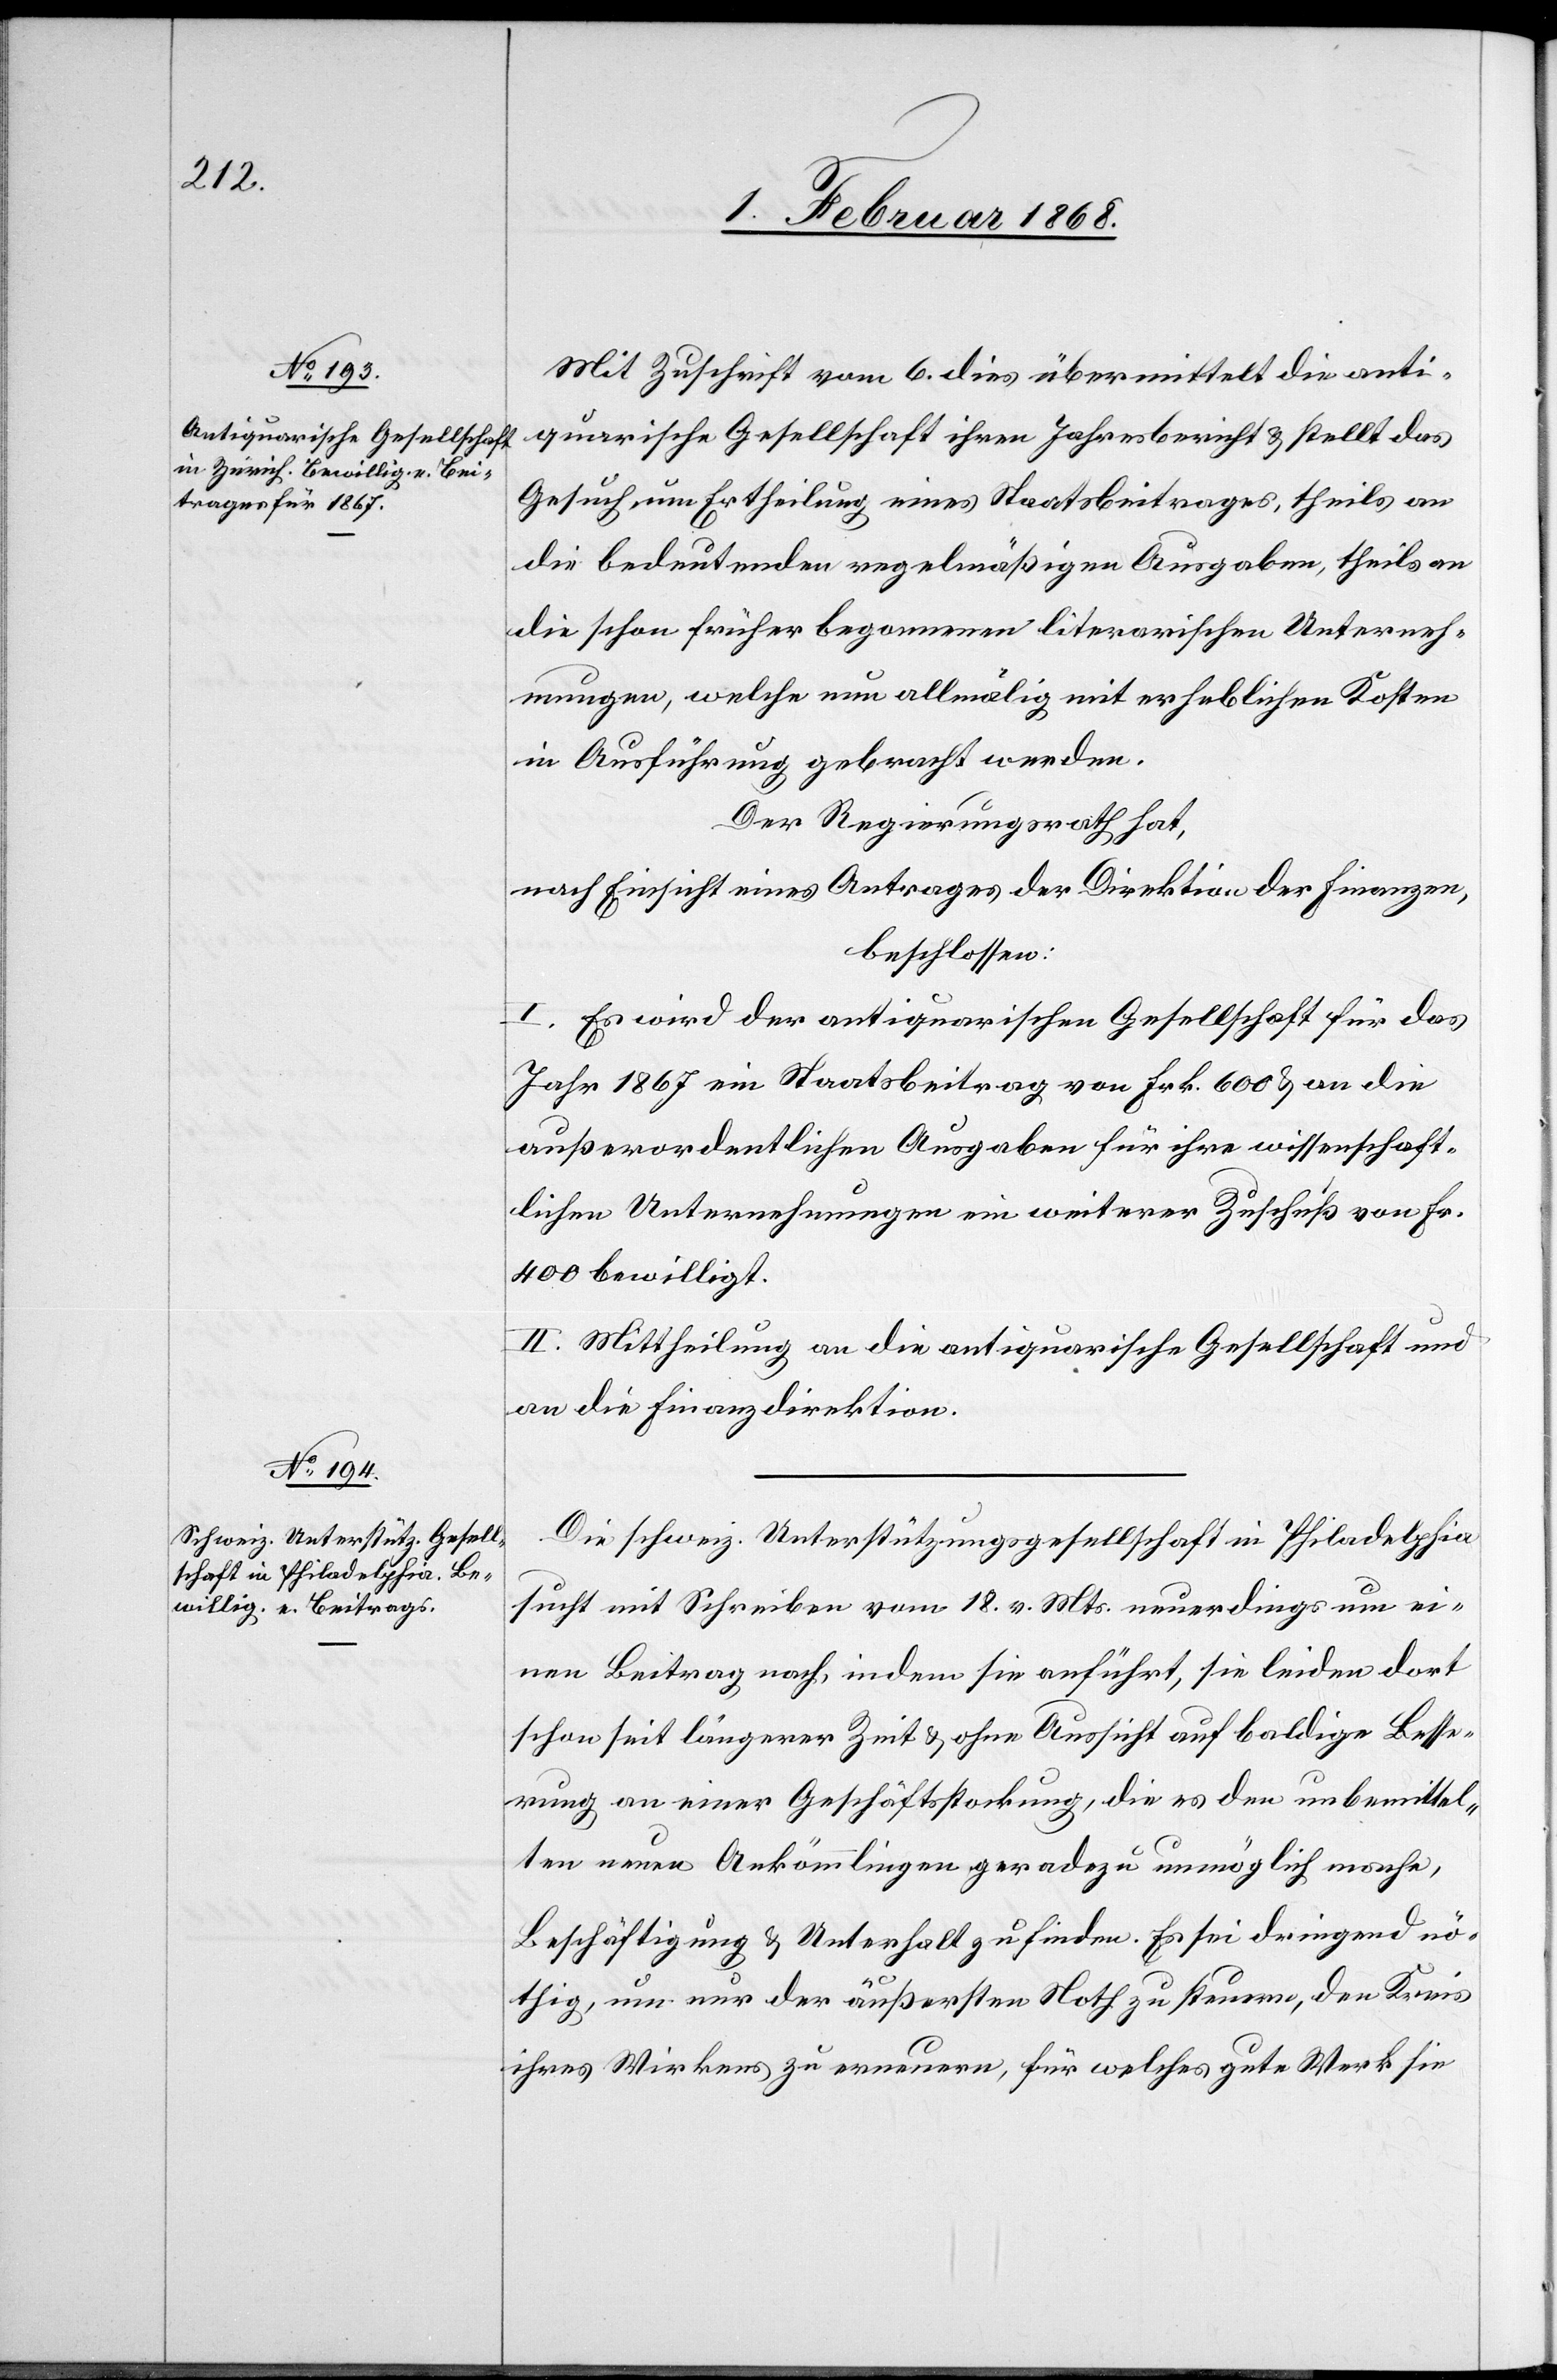
Mit Zuschrift vom 6. dies übermittelt die anti¬
quarische Gesellschaft ihren Jahresbericht & stellt das
Gesuch um Ertheilung eines Staatsbeitrages, theils an
die bedeutenden regelmäßigen Ausgaben, theils an
die schon früher begonnenen literarischen Unterneh¬
mungen, welche nun allmälig mit erheblichen Kosten
in Ausführung gebracht werden.
Der Regierungsrath hat,
nach Einsicht eines Antrages der Direktion der Finanzen,
beschlossen:
I. Es wird der antiquarischen Gesellschaft für das
Jahr 1867 ein Staatsbeitrag von Frk. 600 & an die
außerordentlichen Ausgaben für ihre wissenschaft¬
lichen Unternehmungen ein weiterer Zuschuß von Fr.
400 bewilligt.
II. Mittheilung an die antiquarische Gesellschaft und
an die Finanzdirektion.
Die schweiz. Unterstützungsgesellschaft in Philadelphia
sucht mit Schreiben vom 18. v. Mts. neuerdings um ei¬
nen Beitrag nach, indem sie anführt, sie leiden dort
schon seit längerer Zeit & ohne Aussicht auf baldige Besse¬
rung an einer Geschäftsstockung, die es den unbemittel¬
ten neuen Ankömmlingen geradezu unmöglich mache,
Beschäftigung & Unterhalt zu finden. Es sei dringend nö¬
thig, um nur der äußersten Noth zu steuern, den Kreis
ihres Wirkens zu erneuern, für welches gute Werk sie